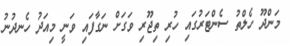
މަންދޫ ހެލްތު ސެންޓަރުގައި ހުރި ތިޖޫރި ވަގަށް ނަގާފައި ވަނީ މިއަދު ހެނދުނު